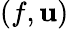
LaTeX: (f,\mathbf{u})